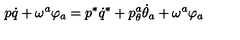
p \dot { q } + \omega ^ { a } \varphi _ { a } = p ^ { * } \dot { q } ^ { * } + p _ { \theta } ^ { a } \dot { \theta } _ { a } + \omega ^ { a } \varphi _ { a }